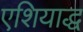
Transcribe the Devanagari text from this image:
एशियाद्ध